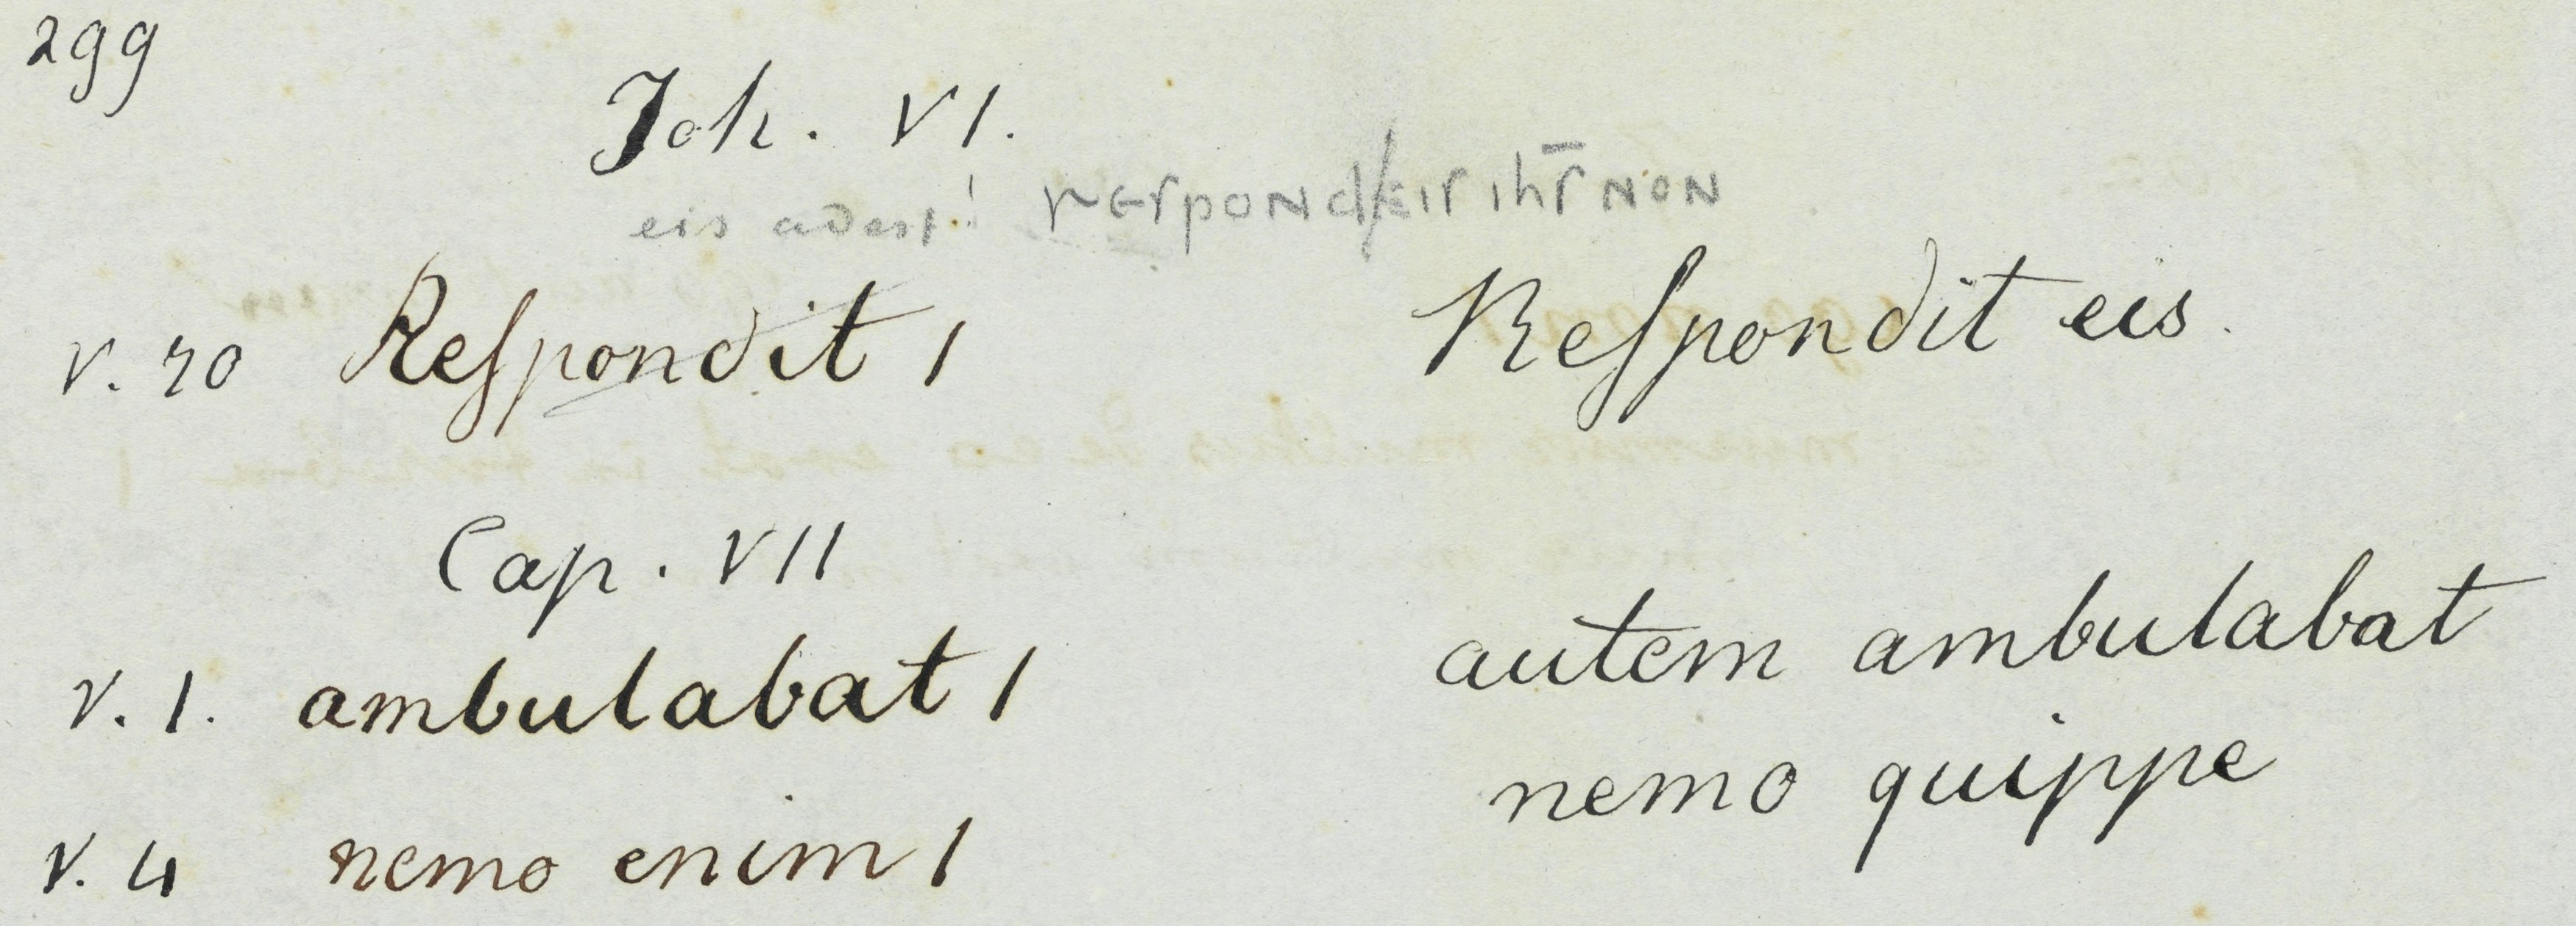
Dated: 900–999